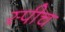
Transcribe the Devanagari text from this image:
स्‍पीच